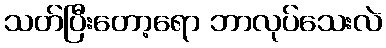
သတ်ပြီးတော့ရော ဘာလုပ်သေးလဲ